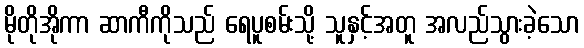
မိုတိုအိုကာ ဆာကီကိုသည် ရေပူစမ်းသို့ သူနှင့်အတူ အလည်သွားခဲ့သော